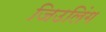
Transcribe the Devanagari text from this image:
जिउलिंग